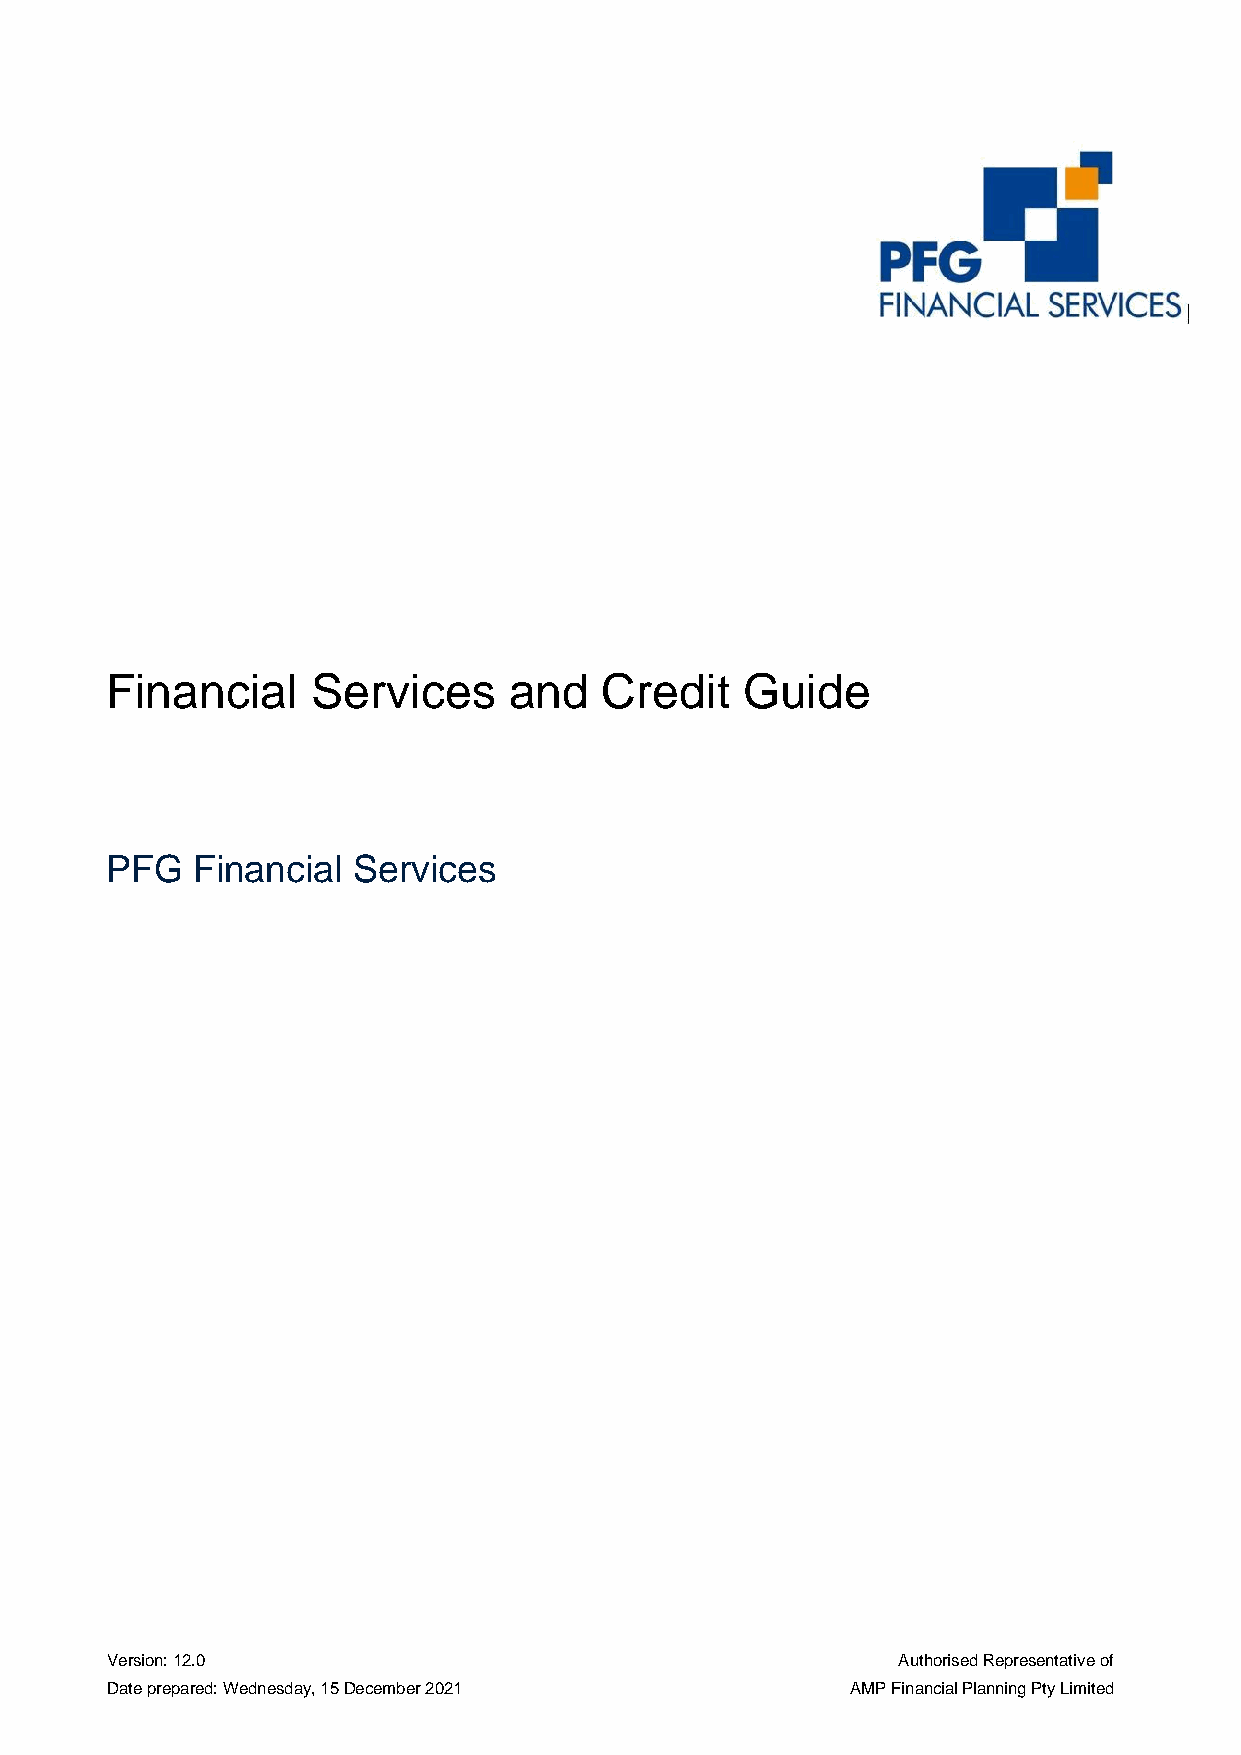
Financial     Services     and   Credit   Guide
 PFG   Financial Services
 Version: 12.0                                       Authorised Representative of
 Date prepared: Wednesday, 15 December 2021       AMP Financial Planning Pty Limited